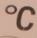
oC